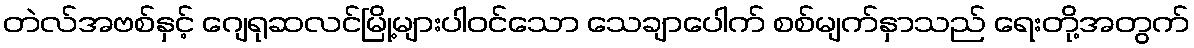
တဲလ်အဗစ်နှင့် ဂျေရုဆလင်မြို့များပါဝင်သော သေချာပေါက် စစ်မျက်နှာသည် ရေးတို့အတွက်